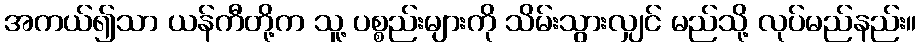
အကယ်၍သာ ယန်ကီတို့က သူ့ ပစ္စည်းများကို သိမ်းသွားလျှင် မည်သို့ လုပ်မည်နည်း။